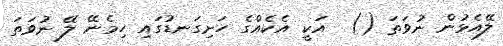
ލޭއެޅުން ނުވަތަ ()  އަކީ އެކެއްގެ ހަށިގަނޑުގައި ހިމެނޭ ލޭ ނުވަތަ